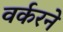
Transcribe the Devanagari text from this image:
वर्करने